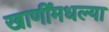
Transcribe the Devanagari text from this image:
खाणींमधल्या